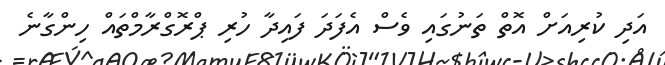
އަދި ކުރިއަށް އޮތް ތަނުގައި ވެސް އެފަދަ ފައިދާ ހުރި ޕްރޮގްރާމްތައް ހިންގާނެ